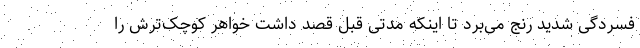
فسردگی شدید رنج می‌برد تا اینکه مدتی قبل قصد داشت خواهر کوچک‌ترش را